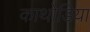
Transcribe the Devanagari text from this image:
काथोडिया